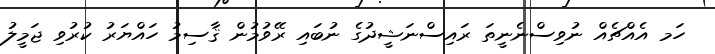
ހަމ އެއްޗެއް ނުވިސްނެނީތަ ރައިސްނަޝީދުގެ ނުބައި ރޭވުމުން ޤާސިމު ހައްޔަރު ކުރުވި ޖަމީލު